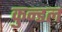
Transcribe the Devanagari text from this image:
कुन्डल